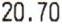
20.70